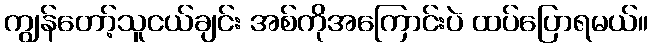
ကျွန်တော့်သူငယ်ချင်း အစ်ကိုအကြောင်းပဲ ထပ်ပြောရမယ်။